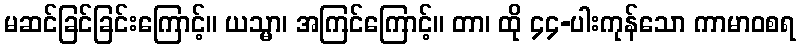
မဆင်ခြင်ခြင်းကြောင့်။ ယသ္မာ၊ အကြင်ကြောင့်။ တာ၊ ထို ၄၄-ပါးကုန်သော ကာမာဝစရ